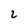
Character: 2